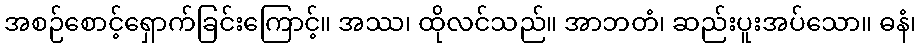
အစဉ်စောင့်ရှောက်ခြင်းကြောင့်။ အဿ၊ ထိုလင်သည်။ အာဘတံ၊ ဆည်းပူးအပ်သော။ ဓနံ၊